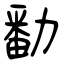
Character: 勫